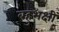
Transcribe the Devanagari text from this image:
बहुभक्षी